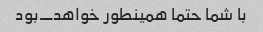
با شما حتما همینطور خواهد_بود